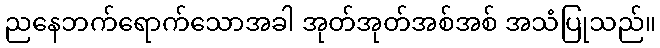
ညနေဘက်ရောက်သောအခါ အုတ်အုတ်အစ်အစ် အသံပြုသည်။